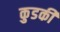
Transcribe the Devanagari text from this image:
कुडकी